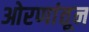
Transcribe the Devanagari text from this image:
ओरणांतून